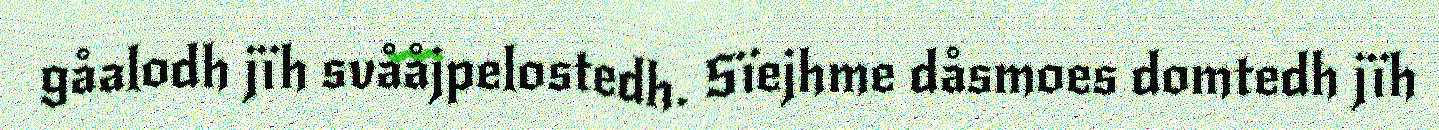
gåalodh jïh svååjpelostedh. Sïejhme dåsmoes domtedh jïh